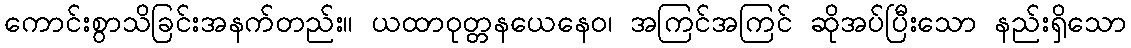
ကောင်းစွာသိခြင်းအနက်တည်း။ ယထာဝုတ္တနယေနေဝ၊ အကြင်အကြင် ဆိုအပ်ပြီးသော နည်းရှိသော